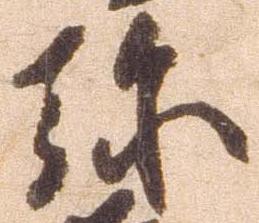
弥